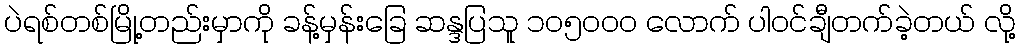
ပဲရစ်တစ်မြို့တည်းမှာကို ခန့်မှန်းခြေ ဆန္ဒပြသူ ၁၀၅၀၀၀ လောက် ပါဝင်ချီတက်ခဲ့တယ် လို့